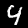
Label: 4